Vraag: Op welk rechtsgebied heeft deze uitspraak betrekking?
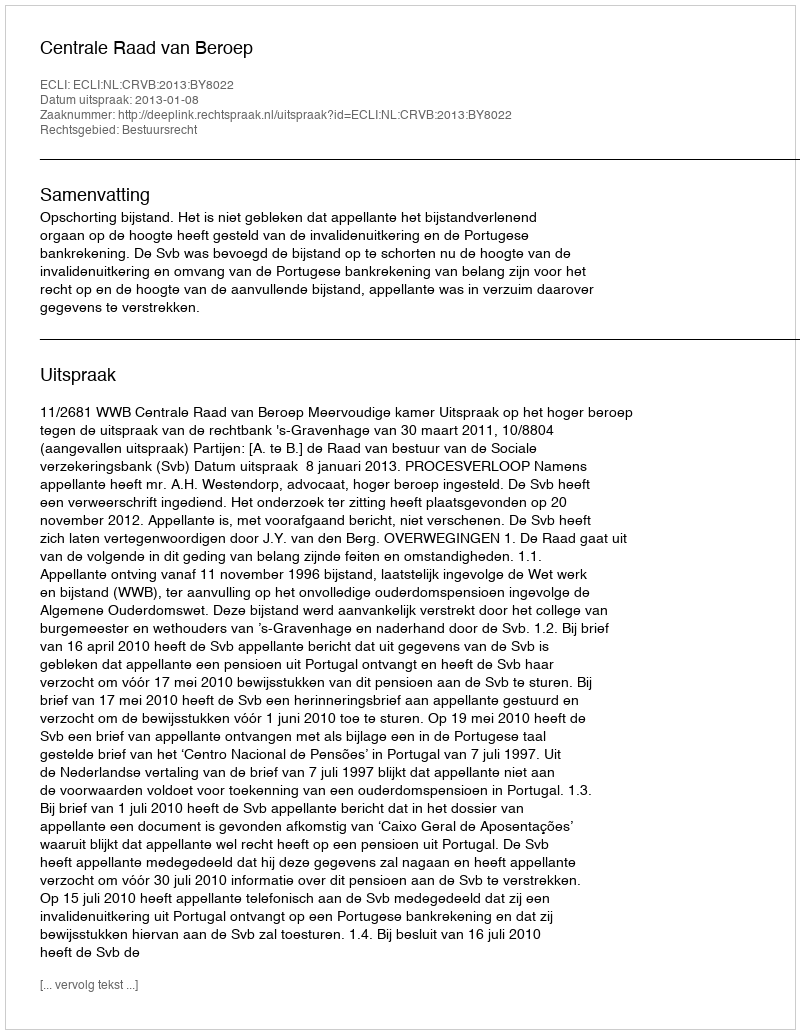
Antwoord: Bestuursrecht